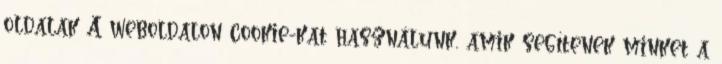
oldalak A weboldalon cookie-kat használunk, amik segítenek minket a